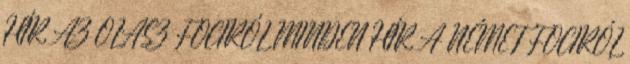
HÍR AZ OLASZ FOCIRÓL MINDEN HÍR A NÉMET FOCIRÓL